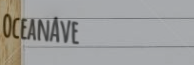
OceanAve